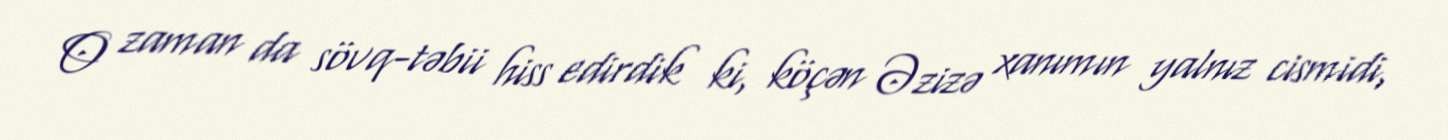
O zaman da sövq-təbii hiss edirdik ki, köçən Əzizə xanımın yalnız cismidi,